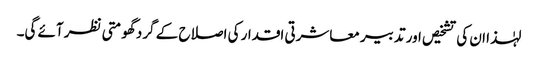
لہٰذا ان کی تشخیص اور تدبیر معاشرتی اقدار کی اصلاح کے گرد گھومتی نظر آئے گی۔